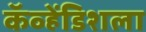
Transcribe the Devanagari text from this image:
कॅव्हेंडिशला